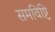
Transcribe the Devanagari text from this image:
समविष्टि